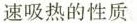
速吸热的性质